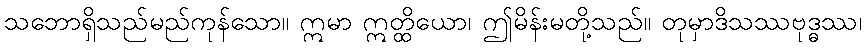
သဘောရှိသည်မည်ကုန်သော။ ဣမာ ဣတ္ထိယော၊ ဤမိန်းမတို့သည်။ တုမှာဒိသဿဗုဒ္ဓဿ၊